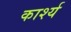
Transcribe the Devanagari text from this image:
कार्श्य